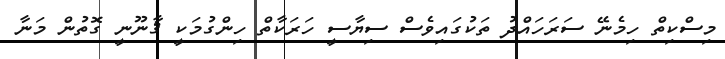
މިސްކިތް ހިމެނޭ ސަރަހައްދު ތަކުގައިވެސް ސިޔާސީ ހަރަކާތް ހިންގުމަކީ ޤާނޫނީ ގޮތުން މަނާ